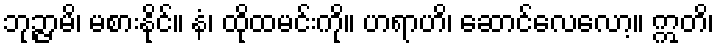
ဘုဉ္ဇာမိ၊ မစားနိုင်။ နံ၊ ထိုထမင်းကို။ ဟရာဟိ၊ ဆောင်လေလော့။ ဣတိ၊